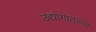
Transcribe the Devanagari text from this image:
उद्योगातल्या